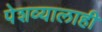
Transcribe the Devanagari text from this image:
पेशव्यालाही